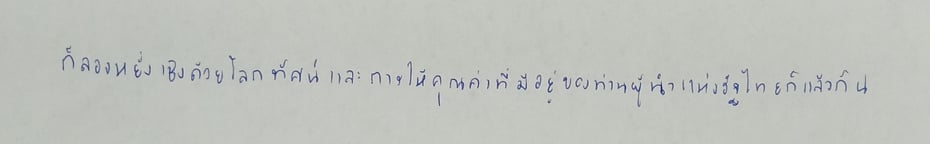
ก็ลองหยั่งเชิงด้วยโลกทัศน์และการให้คุณค่าที่มีอยู่ของท่านผู้นำแห่งรัฐไทยก็แล้วกัน